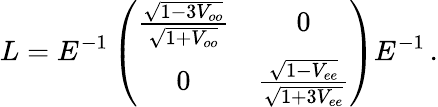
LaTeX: L=E^{-1}\left(\begin{array}{cc}{{\frac{\sqrt{1-3V_{oo}}}{\sqrt{1+V_{oo}}}}}&{{0}}\\ {{0}}&{{\frac{\sqrt{1-V_{ee}}}{\sqrt{1+3V_{ee}}}}}\end{array}\right)E^{-1}\, .